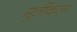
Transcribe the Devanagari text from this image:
मुर्तीकला